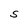
Character: S